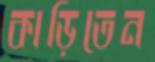
কাড়িতেন